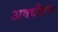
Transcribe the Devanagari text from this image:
अवधीतच